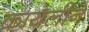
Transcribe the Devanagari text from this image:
कायलीने